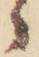
ゝ